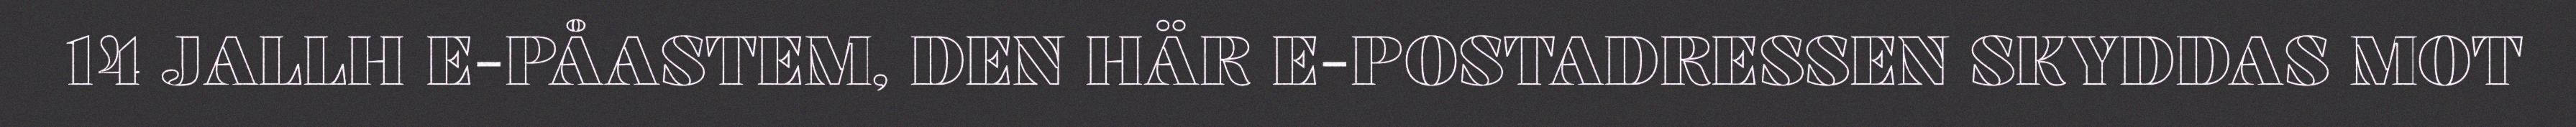
14 JALLH E-PÅASTEM, DEN HÄR E-POSTADRESSEN SKYDDAS MOT